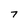
Character: 7